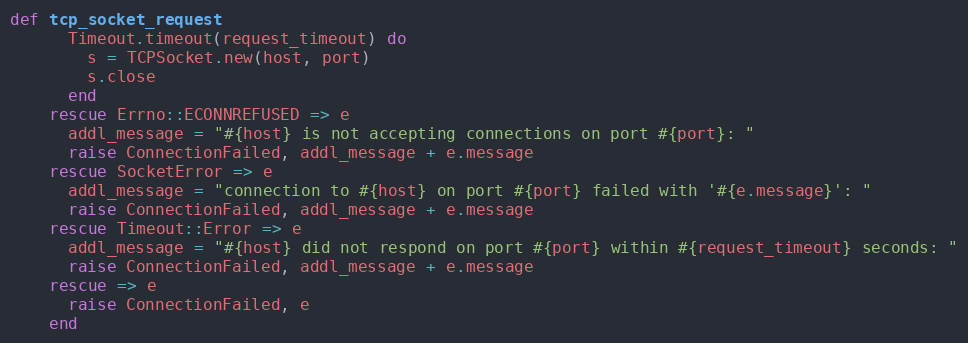
Language: Ruby
def tcp_socket_request
      Timeout.timeout(request_timeout) do
        s = TCPSocket.new(host, port)
        s.close
      end
    rescue Errno::ECONNREFUSED => e
      addl_message = "#{host} is not accepting connections on port #{port}: "
      raise ConnectionFailed, addl_message + e.message
    rescue SocketError => e
      addl_message = "connection to #{host} on port #{port} failed with '#{e.message}': "
      raise ConnectionFailed, addl_message + e.message
    rescue Timeout::Error => e
      addl_message = "#{host} did not respond on port #{port} within #{request_timeout} seconds: "
      raise ConnectionFailed, addl_message + e.message
    rescue => e
      raise ConnectionFailed, e
    end